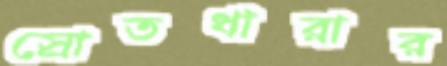
স্রোতধারার